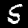
Digit: 5